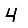
Digit: 4